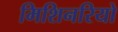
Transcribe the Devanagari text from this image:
मिशिनरियो